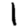
Digit: 1